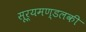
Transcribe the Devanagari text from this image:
सूर्यमण्डलकी